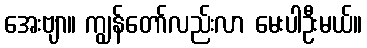
အေးဗျာ။ ကျွန်တော်လည်းလာ မေးပါဦးမယ်။